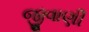
જીવાણી